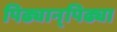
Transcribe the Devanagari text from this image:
पिढ्यान्‌पिढ्या